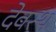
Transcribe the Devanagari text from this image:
देवस्थ